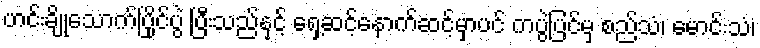
ဟင်းချိုသောက်ပြိုင်ပွဲ ပြီးသည်နှင့် ရှေ့ဆင့်နောက်ဆင့်မှာပင် ကပွဲပြင်မှ စည်သံ၊ မောင်းသံ၊